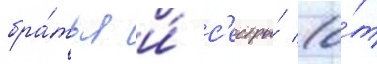
бра́тья и́ с'естры́ (о́т